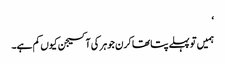
‘
ہمیں تو پہلے پتا تھا کرن جوہر کی آکسیجن کیوں کم ہے۔